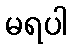
မရပါ